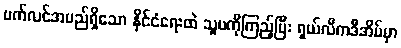
ဗက်လင်အမည်ရှိသော နိုင်ငံရေးထဲ သူမကိုကြည့်ပြီး ရှယ်လီကဒီအိမ်မှာ